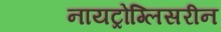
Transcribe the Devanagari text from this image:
नायट्रोग्लिसरीन